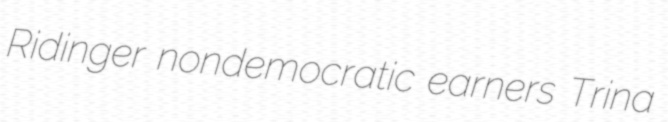
Ridinger nondemocratic earners Trina